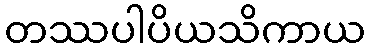
တဿပါပိယသိကာယ